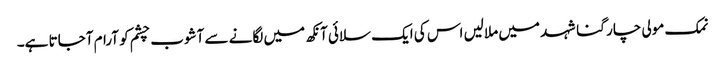
نمک مولی چار گنا شہد میں ملالیں اس کی ایک سلائی آنکھ میں لگانے سے آشوب چشم کو آرام آجاتا ہے۔